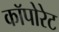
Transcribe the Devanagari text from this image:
कॉपोरेट